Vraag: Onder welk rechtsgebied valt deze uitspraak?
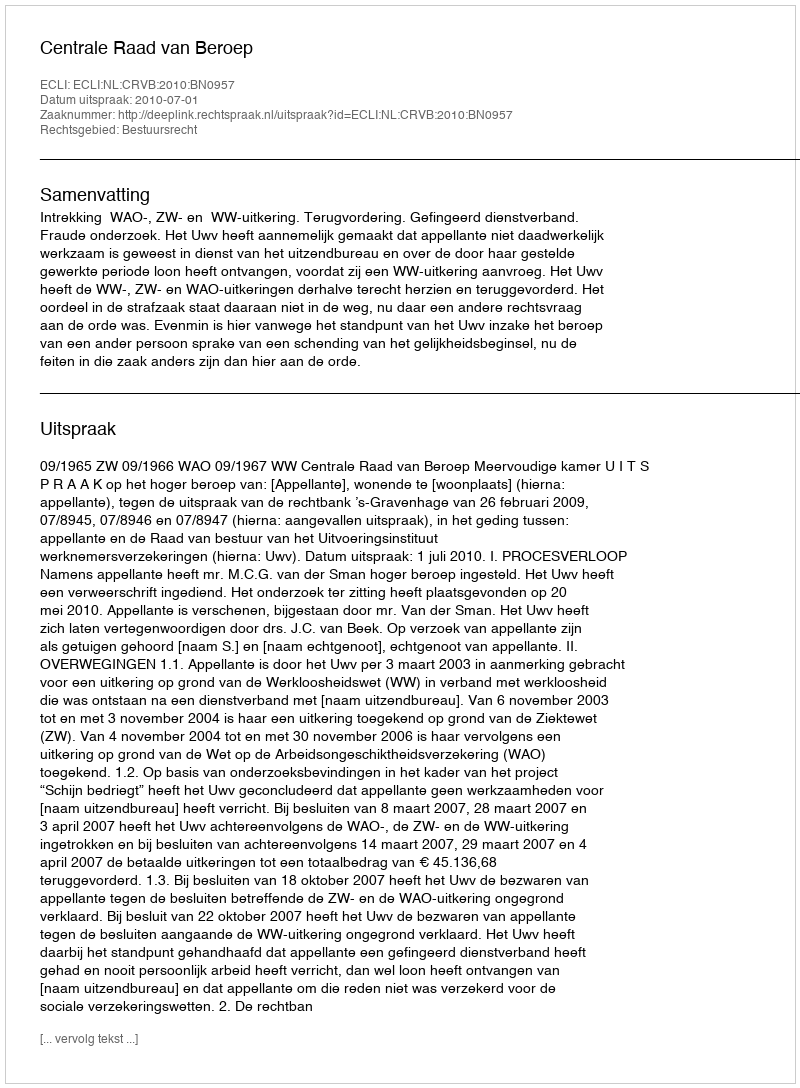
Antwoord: Bestuursrecht